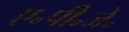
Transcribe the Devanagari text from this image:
ए॰पी॰जे॰